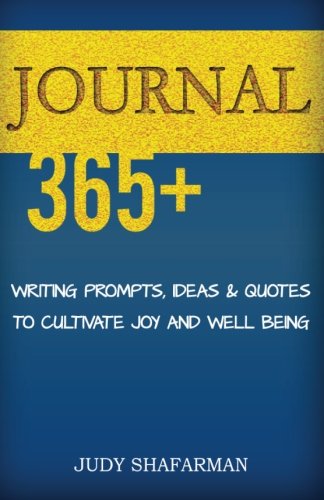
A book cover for Journal: 365+ writing prompts, ideas and quotes to cultivate joy (Volume 1); Judy Shafarman; Self-Help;